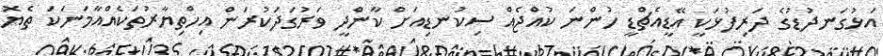
އަޅުގަނދުޑުގެ ދަރިފުޅަކީ އޭޑީއެޗްޑީ ހުންނަ ކުއްޖެއް ސިކުނޑިއަށް ކާންދީ ވަރުގަދަކުރަން އިހްތިޔާރުތަކެއްއާމަނަކަ ތެޔޮ